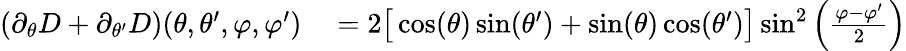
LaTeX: \begin{array}{rl}{(\partial_{\theta}D+\partial_{\theta^{\prime}}D)(\theta,\theta^{\prime},\varphi,\varphi^{\prime})}&{{}=2\big[\cos(\theta)\sin(\theta^{\prime})+\sin(\theta)\cos(\theta^{\prime})\big]\sin^{2}\left(\frac{\varphi-\varphi^{\prime}}{2}\right)}\end{array}